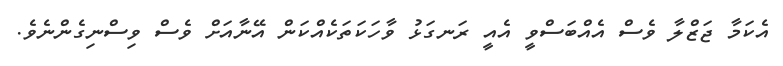
އެކަމާ ޖަޒްލާ ވެސް އެއްބަސްވީ އެއީ ރަނގަޅު ވާހަކަތަކެއްކަން އޭނާއަށް ވެސް ވިސްނިގެންނެވެ.